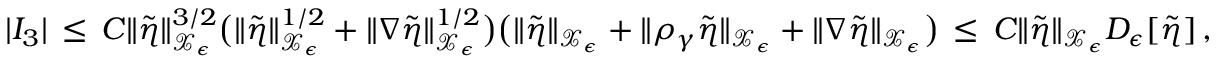
| I _ { 3 } | \, \le \, C \| \tilde { \eta } \| _ { \mathcal { X } _ { \epsilon } } ^ { 3 / 2 } \bigl ( \| \tilde { \eta } \| _ { \mathcal { X } _ { \epsilon } } ^ { 1 / 2 } + \| \nabla \tilde { \eta } \| _ { \mathcal { X } _ { \epsilon } } ^ { 1 / 2 } \bigr ) \bigl ( \| \tilde { \eta } \| _ { \mathcal { X } _ { \epsilon } } + \| \rho _ { \gamma } \tilde { \eta } \| _ { \mathcal { X } _ { \epsilon } } + \| \nabla \tilde { \eta } \| _ { \mathcal { X } _ { \epsilon } } \bigr ) \, \le \, C \| \tilde { \eta } \| _ { \mathcal { X } _ { \epsilon } } D _ { \epsilon } [ \tilde { \eta } ] \, ,